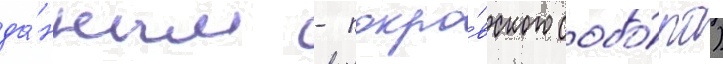
да́нным - покро́вского собо́ра)